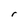
Character: r